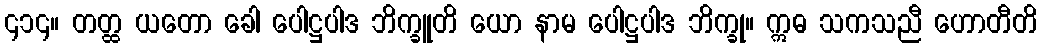
၄၁၄။ တတ္ထ ယတော ခေါ ပေါဋ္ဌပါဒ ဘိက္ခူတိ ယော နာမ ပေါဋ္ဌပါဒ ဘိက္ခု။ ဣဓ သကသညီ ဟောတီတိ